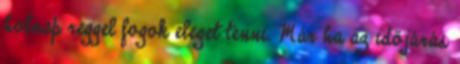
holnap reggel fogok eleget tenni. Már ha az időjárás